Maemoisa_(Sinalepa)_vallavalitsus, lk 30
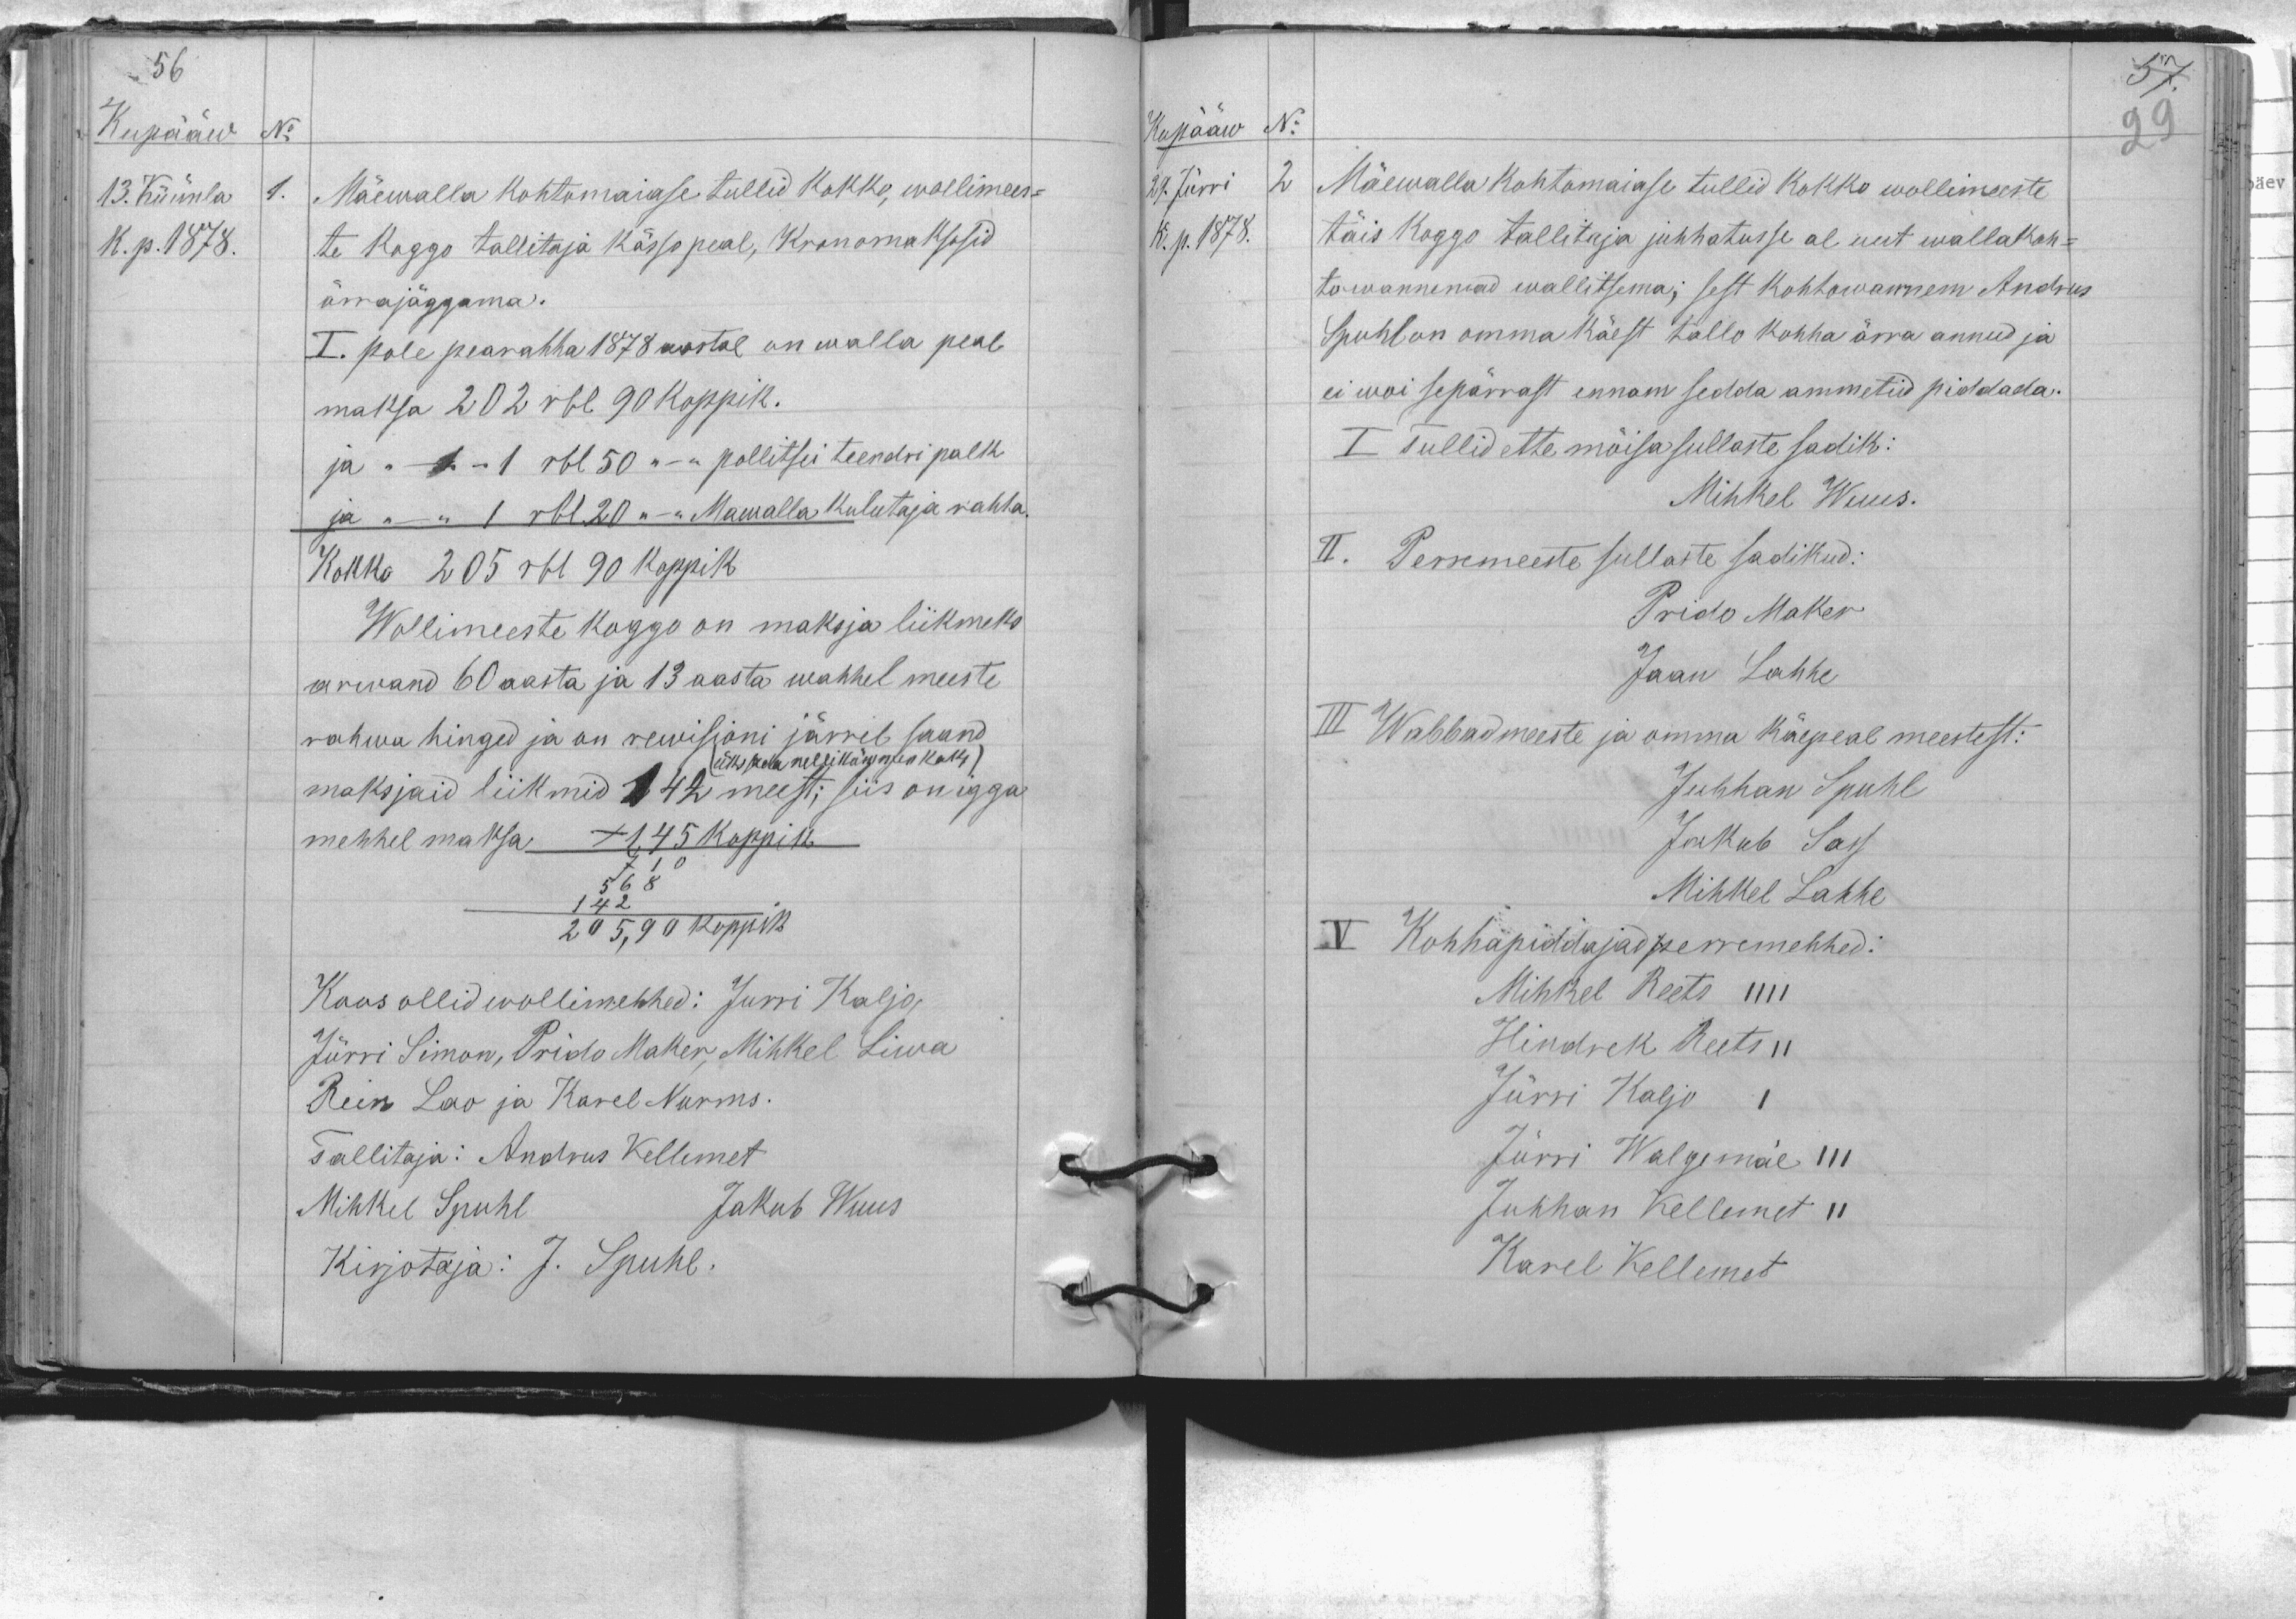
Kupääw
No
13. Küünla
1.
Mäewalla kohtumaiase tullid kokko, wollimees-
K. p. 1878.
te koggo tallitaja kässo peal, Kronomaksusid
ärrajäggama.
I. pole pearahha 1878 aastal on walla peal
maksa 202 rbl 90 koppik.
ja "– - 1-1 rbl 50 "–" pollitsei teendri palk
ja "–" 1 rbl 20 "–" Mawalla kulutaja rahha.
Kokko 205 rbl 90 koppik
Wollimeeste koggo on maksja liikmeks
arwand 60 aasta ja 13 aasta wahhel meeste
rahwa hinged ja on rewisioni järrel saand
(üks sada nellikümmen kaks)
maksjaid liikmid 142 meest; siis on igga
mehhel maksa + 1,45 koppik.
710
568
142
205,90 koppik
Koos ollid wollimehhed: Jürri Kaljo,
Jürri Simon, Prido Maker, Mihkel Liwa
Rein Lao ja Karel Nurms.
Tallitaja: Andrus Kellemet
Mihkel Spuhl
Jakub Wuus
Kirjotaja: J. Spuhl.

Kupääw No
29. Jürri
2
Mäewalla kohtomaiase tullid kokko wollimeeste
K. p. 1878.
täis koggo tallitaja juhhatusse al uut wallakoh-
tu wannemad wallitsema; sest kohtowannem Andrus
Spuhl on omma käest tallo kohha ärra annud ja
ei woi sepärrast ennam sedda ammetid piddada.
I Tullid ette mõisa sullaste sadik:
Mihkel Wuus.
II. Perremeeste sullaste sadikud:
Prido Maker
Jaan Lahhe
III Wabbadmeeste ja omma käepeal meestest:
Juhhan Spuhl
Jakub Sass
Mihkel Lahhe
V
Kohhapiddajad perremehhed:
Mihkel Reets IIII
Hindrek Reets II
Jürri Kaljo I
Jürri Walgemäe III
Juhhan Kellemet II
Karel Kellemet